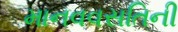
માનવવસતિની